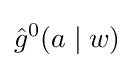
{\hat {g}}^{0}(a\mid w)